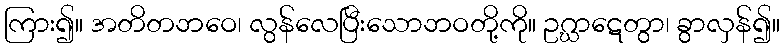
ကြား၍။ အတိတဘဝေ၊ လွန်လေပြီးသောဘဝတို့ကို။ ဥဂ္ဃာဋေတွာ၊ ခွာလှန်၍။